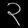
Digit: ၃